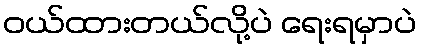
ဝယ်ထားတယ်လို့ပဲ ရေးရမှာပဲ